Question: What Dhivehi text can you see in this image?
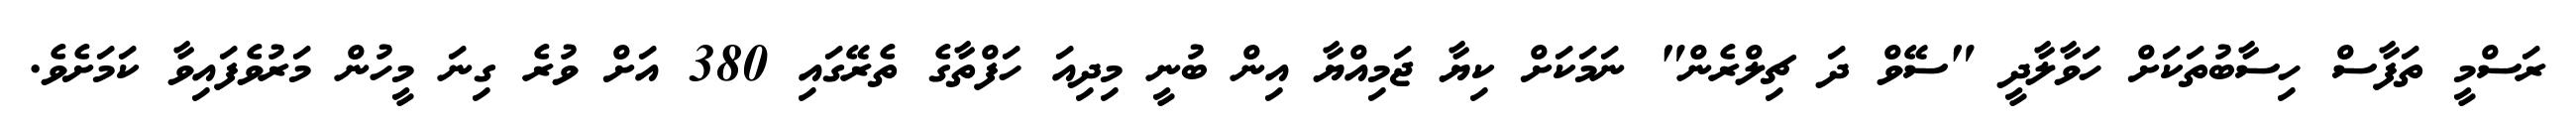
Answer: ރަސްމީ ތަފާސް ހިސާބުތަކަށް ހަވާލާދީ "ސޭވް ދަ ޗިލްރެން" ނަމަކަށް ކިޔާ ޖަމިއްޔާ އިން ބުނީ މިދިއަ ހަފްތާގެ ތެރޭގައި 380 އަށް ވުރެ ގިނަ މީހުން މަރުވެފައިވާ ކަމަށެވެ.